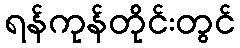
ရန်ကုန်တိုင်းတွင်